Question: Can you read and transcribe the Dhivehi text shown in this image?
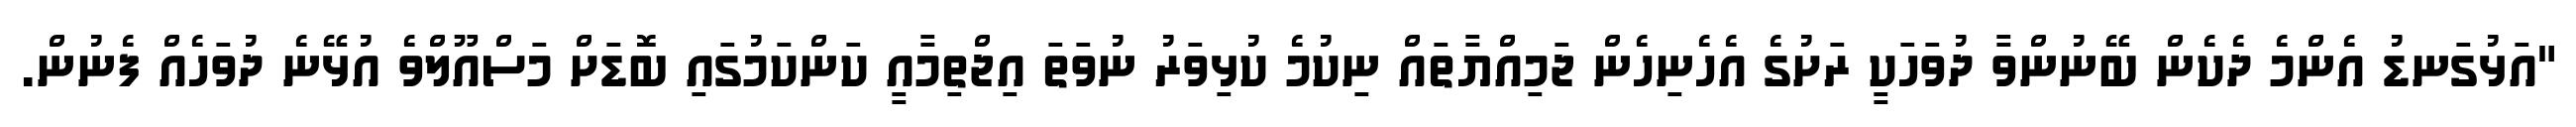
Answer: "އަޅުގަނޑު އެންމެ ދެކެން ބޭނުންވާ ދުވަހަކީ ރަށުގެ އެހެނިހެން ޖަމިއްޔާތައް ނިކުމެ ކުޅިވަރު ނުވަތަ އިޖްތިމާއީ ކަންކަމުގައި ބޮޑަށް މަސްއޫލްވެ އުޅޭނެ ދުވަހެއް ފެނުން.